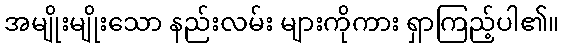
အမျိုးမျိုးသော နည်းလမ်း များကိုကား ရှာကြည့်ပါ၏။